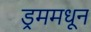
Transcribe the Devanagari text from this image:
ड्रममधून